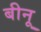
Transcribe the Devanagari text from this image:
बीनू